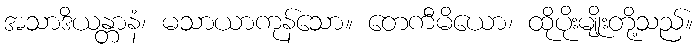
အသာဒိယန္တာနံ၊ မသာယာကုန်သော။ တေကီမိယော၊ ထိုပိုးမျိုးတို့သည်။